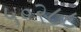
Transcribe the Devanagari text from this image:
५०२८८